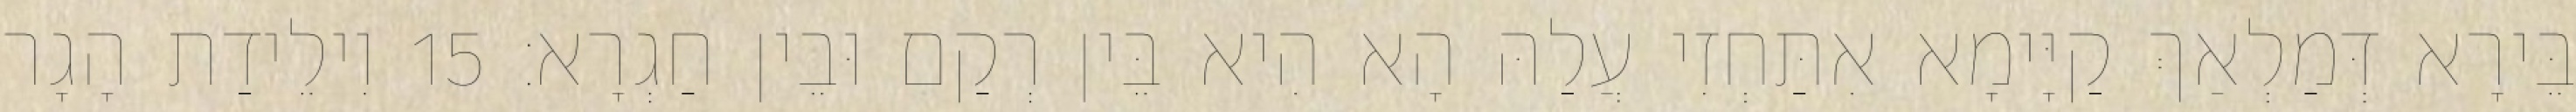
בֵּירָא דְּמַלְאַךְ קַיָּימָא אִתַּחְזִי עֲלַהּ הָא הִיא בֵּין רְקַם וּבֵין חַגְרָא׃ 15 וִילֵידַת הָגָר